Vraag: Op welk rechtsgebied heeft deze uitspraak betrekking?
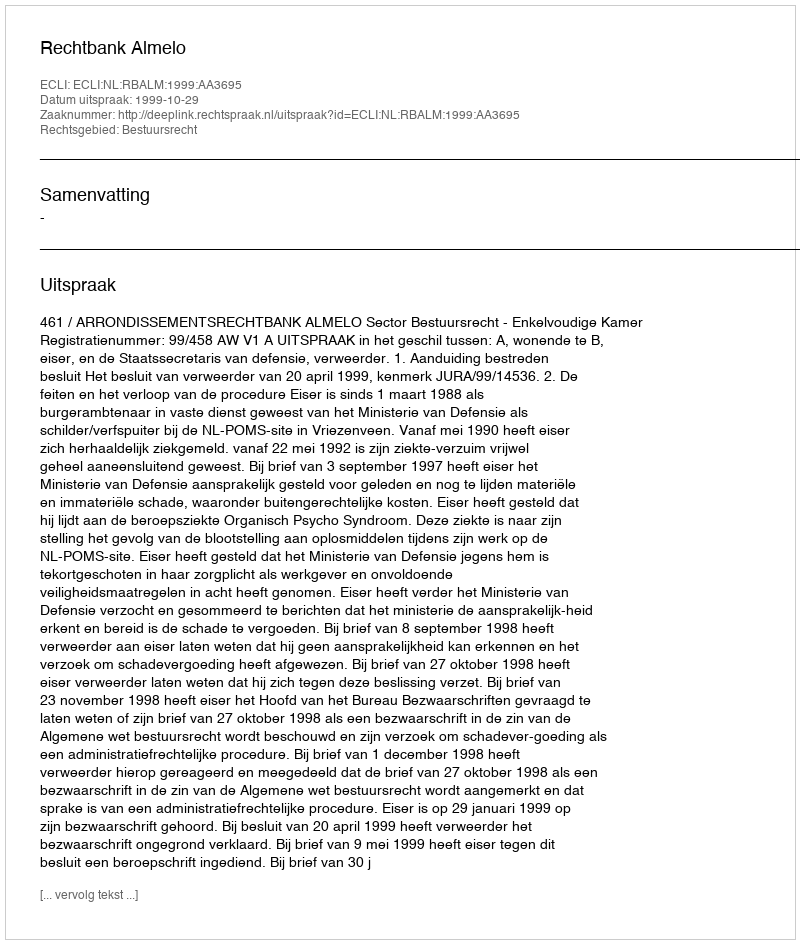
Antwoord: Bestuursrecht